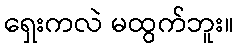
ရှေးကလဲ မထွက်ဘူး။